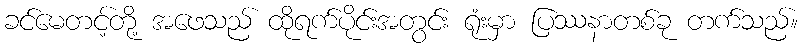
ခင်မေတင့်တို့ အဖေသည် ထိုရက်ပိုင်းအတွင်း ရုံးမှာ ပြဿနာတစ်ခု တက်သည်။